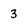
Character: 3